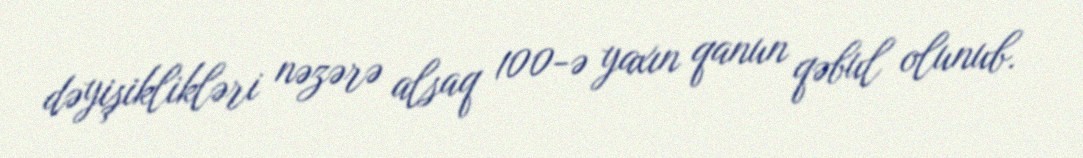
dəyişiklikləri nəzərə alsaq 100-ə yaxın qanun qəbul olunub.